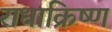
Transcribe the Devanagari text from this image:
राधाक्रिष्ण